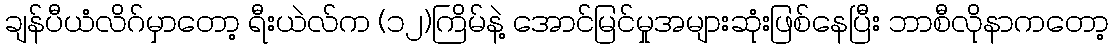
ချန်ပီယံလိဂ်မှာတော့ ရီးယဲလ်က (၁၂)ကြိမ်နဲ့ အောင်မြင်မှုအများဆုံးဖြစ်နေပြီး ဘာစီလိုနာကတော့